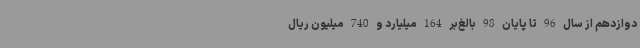
دوازدهم از سال 96 تا پایان 98 بالغ‌بر 164 میلیارد و 740 میلیون ریال